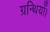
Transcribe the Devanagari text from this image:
ग्रन्थियाँ।